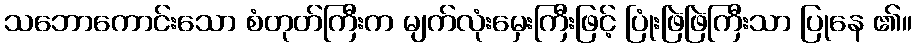
သဘောကောင်းသော စံတုတ်ကြီးက မျက်လုံးမှေးကြီးဖြင့် ပြုံးဖြဲဖြဲကြီးသာ ပြုနေ ၏။